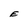
Character: E